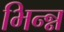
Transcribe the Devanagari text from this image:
भिन्न्न